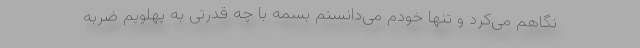
نگاهم می‌کرد و تنها خودم می‌دانستم بسمه با چه قدرتی به پهلویم ضربه